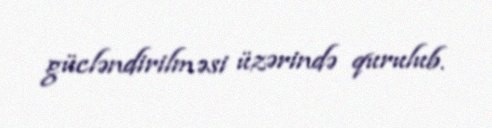
gücləndirilməsi üzərində qurulub.